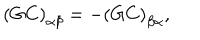
\left( G C \right) _ { \alpha \beta } = - \left( G C \right) _ { \beta \alpha } ,